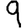
Digit: 9